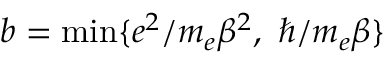
b = \operatorname* { m i n } \{ e ^ { 2 } / { m _ { e } \beta ^ { 2 } } , \ \hbar / { m _ { e } \beta } \}